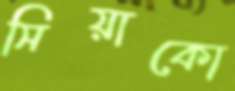
সিয়াকো